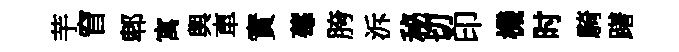
芋窅郫寓輿車實莓胯泝秘切印機时騎躇